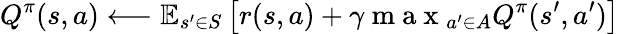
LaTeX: Q^{\pi}(s,a)\longleftarrow\mathbb{E}_{s^{\prime}\in S}\left[r(s,a)+\gamma\mathrm{~m~a~x~}_{a^{\prime}\in A}Q^{\pi}(s^{\prime},a^{\prime})\right]